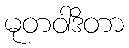
မုတဝါဒိတာ